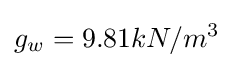
g_{w}=9.81kN/m^{3}